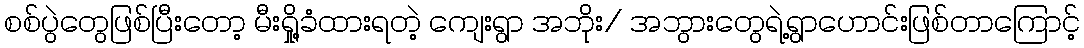
စစ်ပွဲတွေဖြစ်ပြီးတော့ မီးရှို့ခံထားရတဲ့ ကျေးရွာ အဘိုး/ အဘွားတွေရဲ့ရွာဟောင်းဖြစ်တာကြောင့်